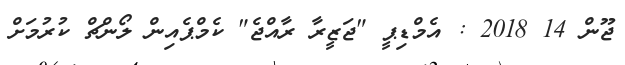
ޖޫން 14 2018 : އެމްޑިޕީ "ޖަޒީރާ ރާއްޖެ" ކެމްޕެއިން ލޯންޗް ކުރުމަށް